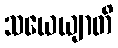
သယေယျာတိ